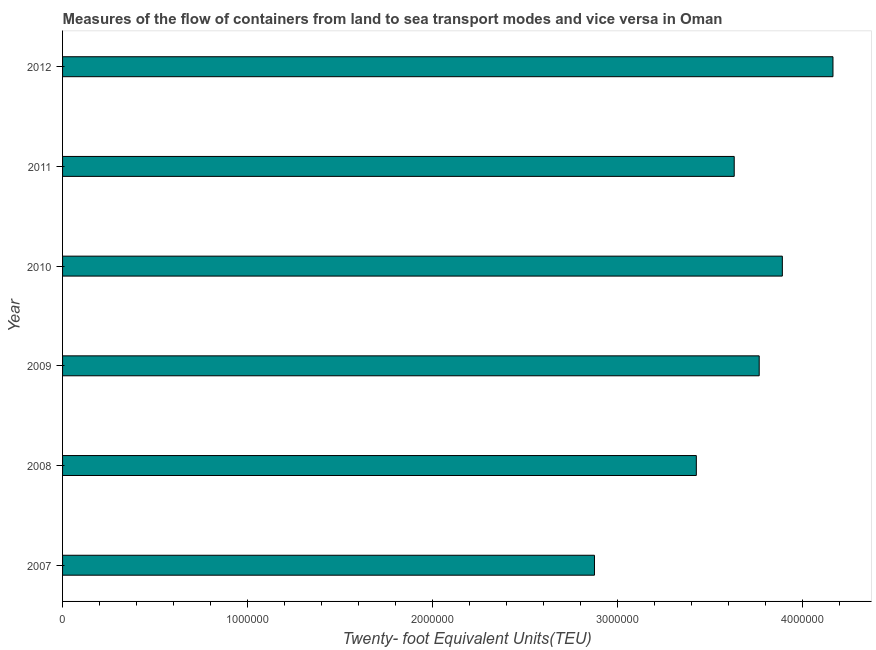
| Year | Container port traffic |
 | --- | --- |
 | 2007 | 2.88e+06 |
 | 2008 | 3.43e+06 |
 | 2009 | 3.77e+06 |
 | 2010 | 3.89e+06 |
 | 2011 | 3.63e+06 |
 | 2012 | 4.17e+06 |